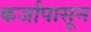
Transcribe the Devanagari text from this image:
कर्जापासून